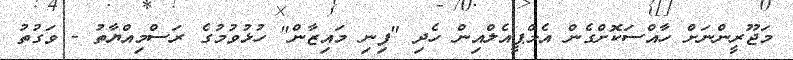
މަޖޫރީންނަށް ހާއްސަކޮށްގެން އެމްޕީއެލްއިން ހެދި "ފިނި މައިޒާން" ހުޅުވުމުގެ ރަސްމިއްޔާތު - ވަގުތު